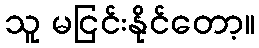
သူ မငြင်းနိုင်တော့။